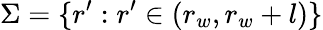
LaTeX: \Sigma=\{ r^{\prime}:r^{\prime}\in\left(r_{w},r_{w}+l\right)\}